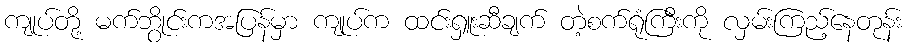
ကျုပ်တို့ မက်ဘွိုင်းကအပြန်မှာ ကျုပ်က ထင်းရှူးဆီချက် တဲ့စက်ရုံကြီးကို လှမ်းကြည့်နေတုန်း